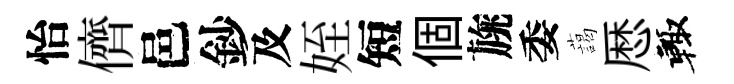
怡儕邑鈔及姪短個旐委藹厯輙